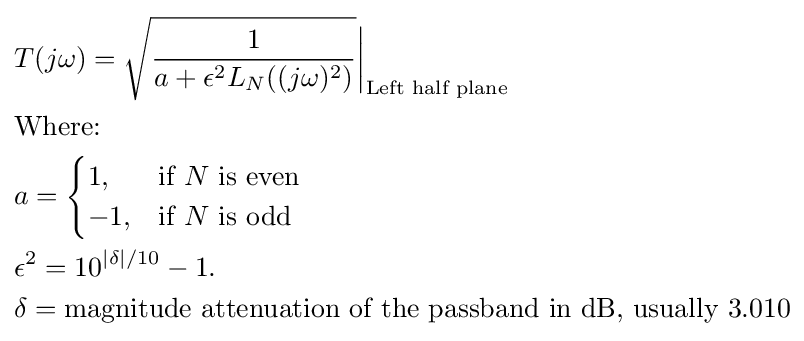
{\begin{aligned}&T(j\omega )={\sqrt {\frac {1}{a+\epsilon ^{2}L_{N}((j\omega )^{2})}}}{\bigg |}_{\text{Left half plane}}\\&{\text{Where:}}\\&a={\begin{cases}1,&{\text{if }}N{\text{ is even}}\\-1,&{\text{if }}N{\text{ is odd}}\end{cases}}\\&\epsilon ^{2}=10^{|\delta |/10}-1.\\&\delta ={\text{magnitude attenuation of the passband in dB, usually 3.010}}\\\end{aligned}}